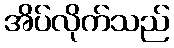
အိပ်လိုက်သည်